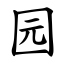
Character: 园